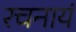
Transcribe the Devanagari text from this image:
रचनायं